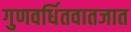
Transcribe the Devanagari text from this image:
गुणवर्धितवातजात